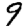
Digit: 9